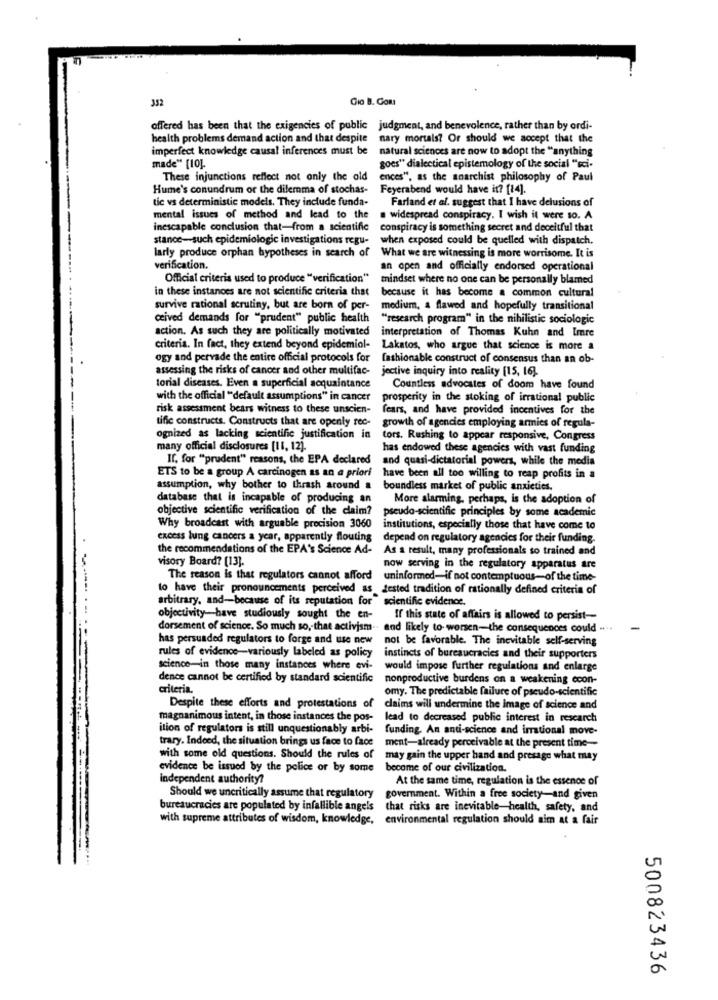
352
Gio B. Com
offered has been that the exigencies of public judgment, and benevolence, rather than by ordi-
health problems demand action and that despite nary mortals? Or should we accept that the
imperfect knowledge causal inferences must be
natural sciences are now to adopt the "anything
made" [10].
goes" dialectical epistemology of the social "sci-
These injunctions reflect not only the old
ences", as the anarchist philosophy of Paul
Hume's conundrum or the dilemma of stochas-
Feyerabend would have it? [14].
tic vs deterministic models. They include funda-
Farland et al. suggest that I have delusions of
mental issues of method and lead to the
. widespread conspiracy. I wish it were 10. A
inescapable conclusion that-from a scientific
conspiracy is something secret and deceitful that
stance-such epidemiologic investigations regu-
when exposed could be quelled with dispatch.
larly produce orphan hypotheses in search of
What we are witnessing is more worrisome. It is
verification.
an open and officially endorsed operational
Official criteria used to produce "verification"
mindset where no one can be personally blamed
in these instances are not scientific criteria that
because it has become a common cultural
survive rational scrutiny, but are born of per-
medium, a flawed and hopefully transitional
ceived demands for "prudent" public health
"research program" in the nihilistic sociologic
action. As such they are politically motivated
interpretation of Thomas Kuhn and Imre
criteria. In fact, they extend beyond epidemiol- Lakatos, who argue that science is more a
ogy and pervade the entire official protocols for fashionable construct of consensus than an ob-
assessing the risks of cancer and other multifac-
jective inquiry into reality [15, 16).
torial diseases. Even a superficial acquaintance
Countless advocates of doom have found
with the official "default assumptions" in cancer
prosperity in the stoking of irrational public
risk assessment bears witness to these unscien-
fears, and have provided incentives for the
tific constructs. Constructs that are openly rec-
growth of agencies employing armies of regula-
ognized as lacking scientific justification in
tors. Rushing to appear responsive, Congress
many official disclosures [11, 12).
has endowed these agencies with vast funding
If. for "prudent" reasons, the EPA declared and quasi-dictatorial powers, while the media
ETS to be a group A carcinogen as an a priori
have been all too willing to reap profits in a
assumption, why bother to thrash around a
boundless market of public anxieties.
database that is incapable of producing an
More alarming, perhaps, is the adoption of
objective scientific verification of the claim?
pseudo-scientific principles by some academic
Why broadcast with arguable precision 3060
institutions, especially those that have come to
excess lung cancers a year, apparently flouting
depend on regulatory agencies for their funding.
the recommendations of the EPA's Science Ad- As a result, many professionals so trained and
visory Board? [13].
now serving in the regulatory apparatus are
The reason is that regulators cannot afford
uninformed-if not contemptuous-of the time-
to have their pronouncements perceived as tested tradition of rationally defined criteria of
arbitrary, and-because of its reputation for
scientific evidence.
objectivity-have studiously sought the en-
If this state of affairs is allowed to persist --
dorsement of science. So much so, that activism .. and likely to worsen-the consequences could ...
has persuaded regulators to forge and use new not be favorable. The inevitable self-serving
rules of evidence-variously labeled as policy
instincts of bureaucracies and their supporters
science-in those many instances where evi-
would impose further regulations and enlarge
dence cannot be certified by standard scientific
nonproductive burdens on a weakening ccon-
criteria.
omy. The predictable failure of pseudo-scientific
Despite these efforts and protestations of claims will undermine the image of science and
magnanimous intent, in those instances the pos-
lead to decreased public interest in rescarch
ition of regulators is still unquestionably arbi-
funding. An anti-science and irrational move-
trary. Indeed, the situation brings us face to face
ment-already perceivable at the present time --
with some old questions. Should the rules of may gain the upper hand and presage what may
evidence be issued by the police or by some
become of our civilization.
independent authority?
At the same time, regulation is the essence of
Should we uncritically assume that regulatory
government. Within a free society-and given
bureaucracies are populated by infallible angels that risks are inevitable-health, safety, and
with supreme attributes of wisdom, knowledge, environmental regulation should aim at a fair
500823436